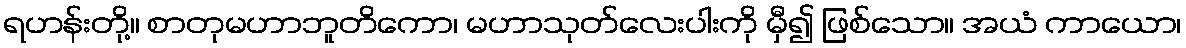
ရဟန်းတို့။ စာတုမဟာဘူတိကော၊ မဟာသုတ်လေးပါးကို မှီ၍ ဖြစ်သော။ အယံ ကာယော၊